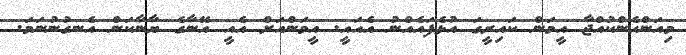
މިއަންހެންކުއްޖާ އީމަން ކައިރީގަ އުޅެފައެއްނު އެއައީ. އީމަންއަށް އެއީ އޭނާގެ ޔާނާކަން އެނގުނުނަމަ.